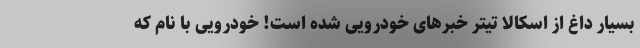
بسیار داغ از اسکالا تیتر خبرهای خودرویی شده است! خودرویی با نام که